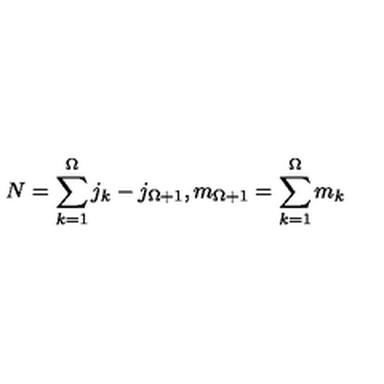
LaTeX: N = \sum _ { k = 1 } ^ { \Omega } j _ { k } - j _ { \Omega + 1 } , m _ { \Omega + 1 } = \sum _ { k = 1 } ^ { \Omega } m _ { k }